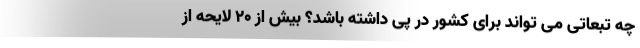
چه تبعاتی می تواند برای کشور در پی داشته باشد؟ بیش از ۲۰ لایحه از